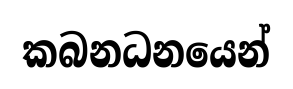
කබනධනයෙන්